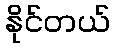
နိုင်တယ်